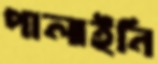
পালাইনি